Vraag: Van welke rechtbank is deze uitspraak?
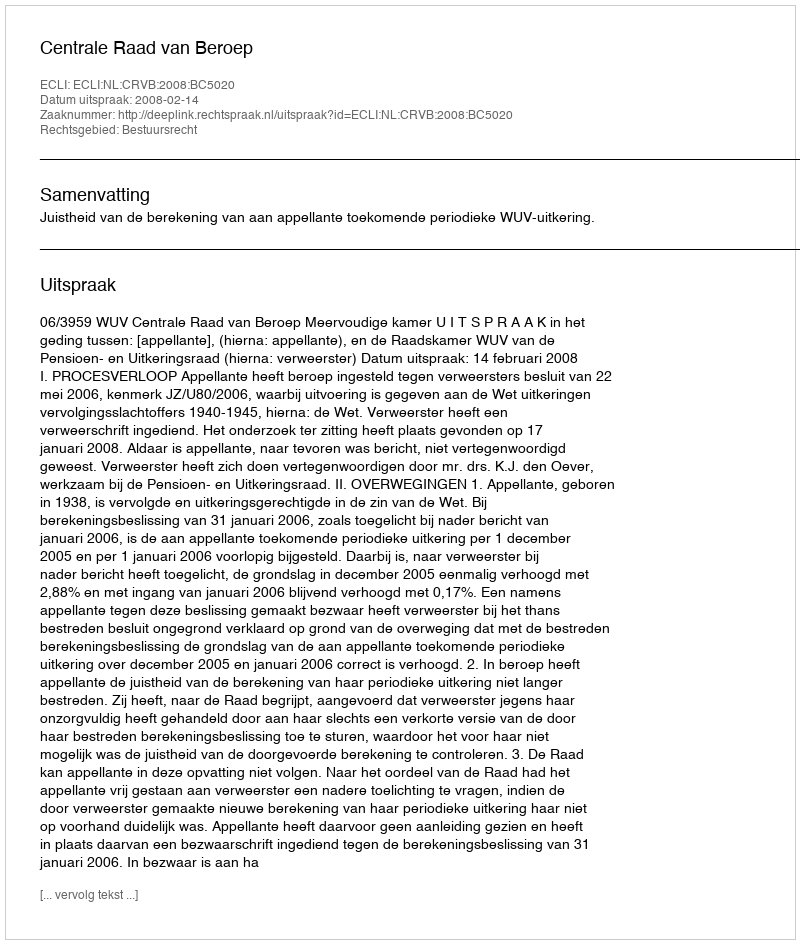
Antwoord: Centrale Raad van Beroep